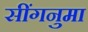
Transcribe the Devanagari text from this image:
सींगनुमा